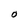
Character: O